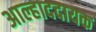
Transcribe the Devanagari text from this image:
अाल्हाददायक